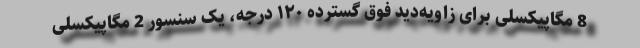
8 مگاپیکسلی برای زاویه‌دید فوق گسترده ۱۲۰ درجه، یک سنسور 2 مگاپیکسلی